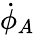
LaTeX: {\dot{\phi}}_{A}